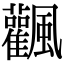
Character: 飌